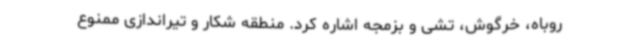
روباه، خرگوش، تشی و بزمجه اشاره کرد. منطقه شکار و تیراندازی ممنوع